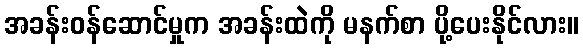
အခန်းဝန်ဆောင်မှုက အခန်းထဲကို မနက်စာ ပို့ပေးနိုင်လား။